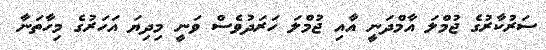
ސަރުކާރުގެ ޖުމްލަ އާމްދަނީ އާއި ޖުމްލަ ހަރަދުވެސް ވަނީ މިދިޔަ އަހަރުގެ މިހާތަނާ